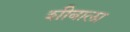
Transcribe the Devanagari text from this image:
शीबाला